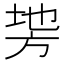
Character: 𭤵